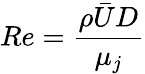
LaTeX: Re=\frac{\rho\bar{U}D}{\mu_{j}}